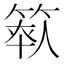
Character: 𥯺